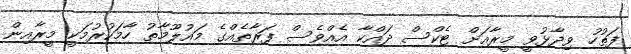
ފަތުހު ވިދާޅުވީ މީރާއަށް ޓެކްސް ދައްކާ އެއްވެސް ފަރާތެއްގެ މައުލޫމާތު ހާމަކުރުމަކީ މީރާއިން